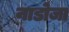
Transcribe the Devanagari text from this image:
नाडोजा